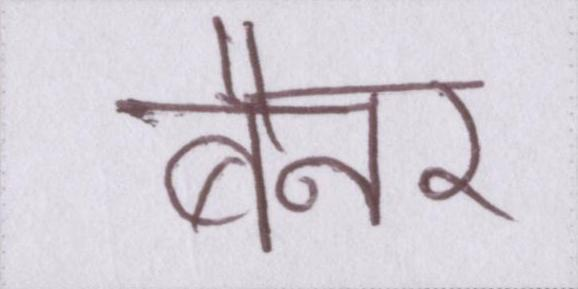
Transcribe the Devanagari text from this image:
बैनर